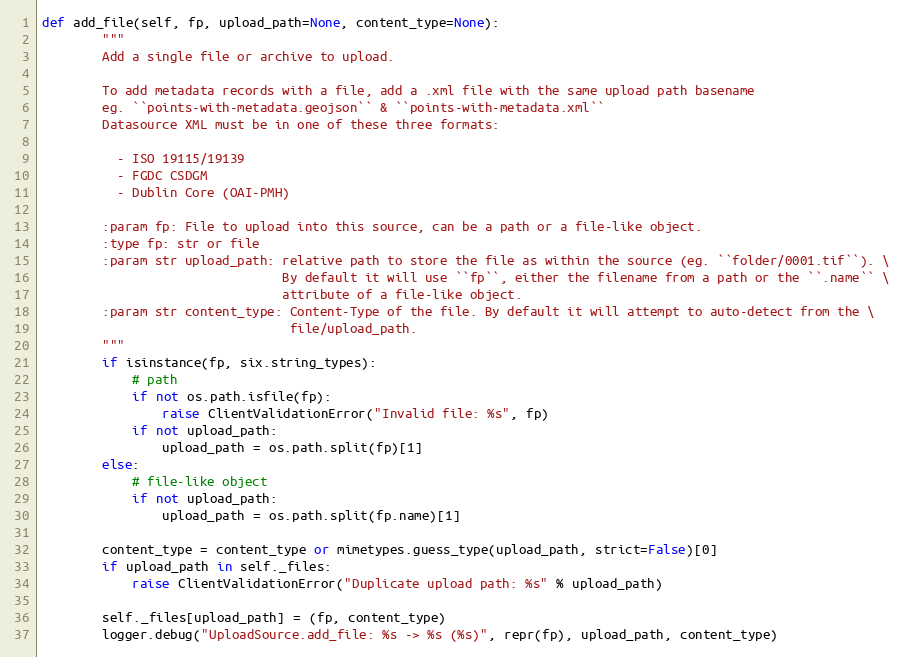
Language: Python
def add_file(self, fp, upload_path=None, content_type=None):
        """
        Add a single file or archive to upload.

        To add metadata records with a file, add a .xml file with the same upload path basename
        eg. ``points-with-metadata.geojson`` & ``points-with-metadata.xml``
        Datasource XML must be in one of these three formats:

          - ISO 19115/19139
          - FGDC CSDGM
          - Dublin Core (OAI-PMH)

        :param fp: File to upload into this source, can be a path or a file-like object.
        :type fp: str or file
        :param str upload_path: relative path to store the file as within the source (eg. ``folder/0001.tif``). \
                                By default it will use ``fp``, either the filename from a path or the ``.name`` \
                                attribute of a file-like object.
        :param str content_type: Content-Type of the file. By default it will attempt to auto-detect from the \
                                 file/upload_path.
        """
        if isinstance(fp, six.string_types):
            # path
            if not os.path.isfile(fp):
                raise ClientValidationError("Invalid file: %s", fp)
            if not upload_path:
                upload_path = os.path.split(fp)[1]
        else:
            # file-like object
            if not upload_path:
                upload_path = os.path.split(fp.name)[1]

        content_type = content_type or mimetypes.guess_type(upload_path, strict=False)[0]
        if upload_path in self._files:
            raise ClientValidationError("Duplicate upload path: %s" % upload_path)

        self._files[upload_path] = (fp, content_type)
        logger.debug("UploadSource.add_file: %s -> %s (%s)", repr(fp), upload_path, content_type)